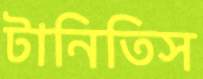
টানিতিস